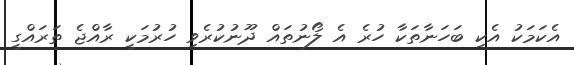
އެކަމަކު އެކި ބަހަނާތަކާ ހުރެ އެ ލޯނުތައް ދޫނުކުރެވި ހުރުމަކީ ރާއްޖެ ތަރައްގީ